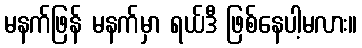
မနက်ဖြန် မနက်မှာ ရယ်ဒီ ဖြစ်နေပါ့မလား။